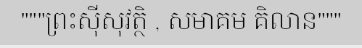
"""ព្រះស៊ីសុវត្ថិ , សមាគម គិលាន"""